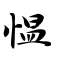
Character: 愠